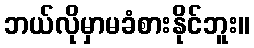
ဘယ်လိုမှာမခံစားနိုင်ဘူး။